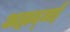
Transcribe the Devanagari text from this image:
अह्मद्जई